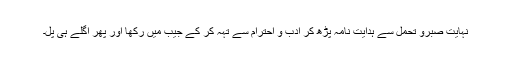
نہایت صبرو تحمل سے ہدایت نامہ پڑھ کر ادب و احترام سے تہہ کر کے جیب میں رکھا اور پھر اگلے ہی پل۔